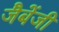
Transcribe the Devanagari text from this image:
जैबेंजी